Lunatic asylums Bombay report 1891-1903 - 1891-1903
Year: 1891
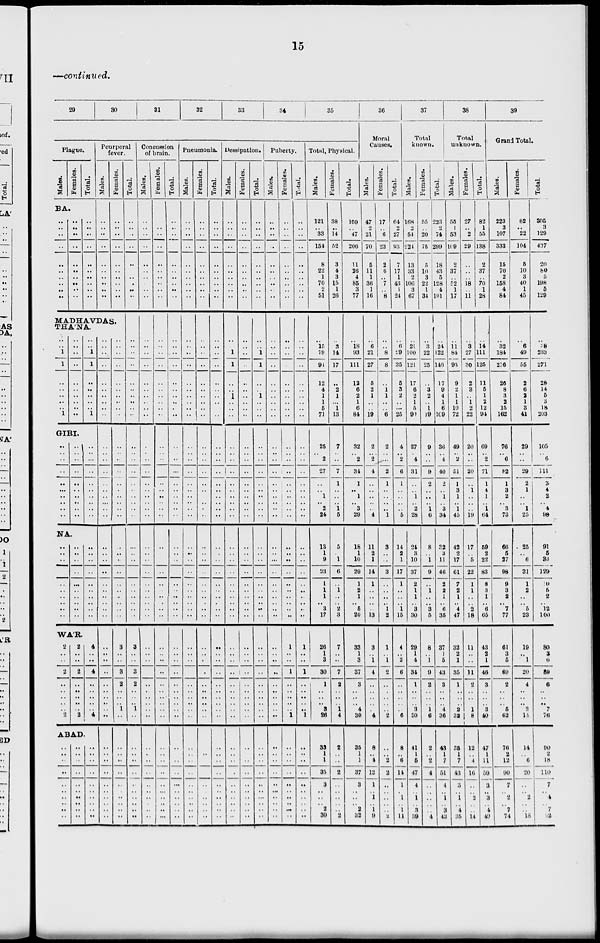
15 —continued.
29
30
31
32
33
34
35
Plague.
Males.
Females.
Total.
BA.
..
..
..
..
..
..
..
..
.. ..
..
..
..
..
..
..
..
..
..
..
..
..
..
..
..
..
..
..
..
..
Peurperal
fever.
Males.
..
..
..
..
..
..
..
..
..
..
Females.
..
..
..
..
..
..
..
..
..
..
MADHAVDAS.
THA'NA.
..
1
1
..
..
.. ..
..
1
..
..
..
..
..
..
..
..
..
..
1
1
..
..
..
..
..
1
GIRI.
..
..
..
..
..
..
..
..
..
..
..
..
..
..
..
..
..
..
..
..
..
..
..
..
..
..
..
..
..
..
NA.
..
..
..
..
..
..
..
..
..
..
..
..
..
..
..
..
..
..
..
..
..
..
..
..
..
..
..
..
..
..
WAR.
2
..
..
2
..
..
..
..
.. 2
2
..
..
2
..
..
..
..
..
2
4
..
..
4
..
..
..
..
..
4
ABAD.
..
..
..
..
..
..
..
..
..
..
..
..
..
..
..
..
..
..
..
..
..
..
..
..
..
..
..
..
..
..
..
..
..
..
..
..
..
..
..
..
..
..
..
..
..
..
..
..
..
..
..
..
..
..
..
..
..
..
..
..
..
..
..
..
..
..
..
..
..
..
..
..
..
..
..
..
..
..
..
..
..
..
..
..
..
..
..
..
..
..
..
..
..
..
..
..
..
..
..
..
..
..
..
..
..
..
..
..
3
..
..
3
2
..
..
..
1
..
..
..
..
..
..
..
..
..
..
..
Total.
..
..
..
..
..
..
.. ..
..
..
..
..
..
..
..
..
..
..
..
..
..
..
..
..
..
..
..
..
..
..
..
..
..
..
..
..
..
..
..
3
..
..
3
2
..
..
..
1
..
..
..
..
..
..
..
..
..
..
..
Concussion
of brain.
Males.
..
..
..
..
..
..
..
..
..
..
..
..
..
..
..
..
..
..
..
..
..
..
..
..
..
..
..
..
..
..
..
..
..
..
..
..
..
..
..
..
..
..
..
..
..
..
..
..
..
..
..
..
..
..
..
..
..
..
..
Females.
..
..
..
..
..
..
..
..
..
..
..
..
..
..
..
..
..
..
..
..
..
..
..
..
..
..
..
..
..
..
..
..
..
..
..
..
..
..
..
..
..
..
..
..
..
..
..
..
..
..
..
..
..
..
..
..
..
..
..
Total.
..
..
..
..
..
..
..
..
..
..
..
..
..
..
..
..
..
..
..
..
..
..
..
..
..
..
..
..
..
..
..
..
..
..
..
..
..
..
..
..
..
..
..
..
..
..
..
..
..
..
..
..
..
..
..
..
..
..
..
Pneumonia.
Males.
..
..
..
..
..
..
..
..
..
..
..
..
..
..
..
..
..
..
..
..
..
..
..
..
..
..
..
..
..
..
..
..
..
..
..
..
..
..
..
..
..
..
..
..
..
..
..
..
..
..
..
..
..
..
..
..
..
..
..
Females.
..
..
..
..
..
..
..
..
..
..
..
..
..
..
..
..
..
..
..
..
..
..
..
..
..
..
..
..
..
..
..
..
..
..
..
..
..
..
..
..
..
..
..
..
..
..
..
..
..
..
..
..
..
..
..
..
..
..
..
Total.
..
..
..
..
..
..
..
..
..
..
..
..
..
..
..
..
..
..
..
..
..
..
..
..
..
..
..
..
..
..
..
..
..
..
..
..
..
..
..
..
..
..
..
..
..
..
..
..
..
..
..
..
..
..
..
..
..
..
..
Dessipation.
Males.
..
..
..
..
..
..
..
..
..
..
..
1
1
..
..
1
..
..
..
..
..
..
..
..
..
..
..
..
..
..
..
..
..
..
..
..
..
..
..
..
..
..
..
..
..
..
..
..
..
..
..
..
..
..
..
..
..
..
..
Females.
..
..
..
..
..
..
..
..
..
..
..
..
..
..
..
..
..
..
..
..
..
..
..
..
..
..
..
..
..
..
..
..
..
..
..
..
..
..
..
..
..
..
..
..
..
..
..
..
..
..
..
..
..
..
..
..
..
..
..
Total.
..
..
..
..
..
..
..
..
..
..
..
1
1
..
..
1
..
..
..
..
..
..
..
..
..
..
..
..
..
..
..
..
..
..
..
..
..
..
..
..
..
..
..
..
..
..
..
..
..
..
..
..
..
..
..
..
..
..
..
Puberty.
Males.
..
..
..
..
..
..
..
..
..
..
..
..
..
..
..
..
..
..
..
..
..
..
..
..
..
..
..
..
..
..
..
..
..
..
..
..
..
..
..
..
..
..
..
..
..
..
..
..
..
..
..
..
..
..
..
..
..
..
..
Females.
..
..
..
..
..
..
..
..
..
..
..
..
..
..
..
..
..
..
..
..
..
..
..
..
..
..
..
..
..
..
..
..
..
..
..
..
..
..
..
1
..
..
1
..
..
..
..
.. 1
..
..
..
..
..
..
..
..
..
..
Total.
..
..
..
..
..
..
..
..
..
..
..
..
..
..
..
..
..
..
..
..
..
..
..
..
..
..
..
..
..
..
..
..
..
..
..
..
..
..
..
1
..
..
1
..
..
..
..
.. 1
..
..
..
..
..
..
..
..
..
..
Total, Physical.
Males.
121
..
33
151
8
22
1
70
2
51
15
79
94
12
4
1
1
5
71
25
.. 2
27
..
..
1
.. 2
24
13
1
9
23
1
1
1
.. 3
17
Females.
Total.
38
..
14
52
3
4
3
15
1
26
3
14
17
..
2
1
..
1
13
7
.. ..
7
1
..
..
.. 1
5
5
..
1
6
..
1
..
.. 2
3
26
1
3
30
1
..
..
..
3
26
33
1
1
35
3
..
..
..
2
30
7
..
..
7
2
..
..
..
1
4
2
..
..
2
..
..
..
..
.. 2
159
..
47
206
11
26
4
85
3
77
18
93
111
12
6
2
1
6
84
32
.. 2
34
1
..
1
.. 3
29
18
1
10
29
1
2
1
.. 5
20
36
Moral
Causes.
Males.
47
2
21
70
5
11
1
36
1
16
6
21
27
5
2
1
..
..
19
2
..
2
4
..
..
..
..
..
4
11
2
1
14
1
..
..
..
.. 13
33
1
3
37
3
..
..
..
4
30
35
1
1
37
3
..
..
..
2
32
3
.. 1
4
..
..
..
..
.. 4
8
..
4
12
1
..
1
..
1
9
Females.
17
..
6
23
2
6
..
7
.. 8
..
8
8
..
1
1
..
..
6
2
..
..
2
1
..
..
..
..
1
3
..
..
3
..
..
..
.. 1
2
1
.. 1
2
..
..
..
..
.. 2
..
..
2
2
..
..
..
..
..
2
Total.
64
2
27
93
7
17
1
43
1
24
6
29
35
5
3
2
..
...
25
4
.. 2
6
1
..
..
..
..
5
14
2
1
17
1
..
..
.. 1
15
4
.. 2
6
..
..
..
..
.. 6
8
..
6
14
1
.. 1
..
1
11
37
Total
known.
Males.
168
2
51
224
13
33
2
106
3
67
21
100
121
17
6
2
1
5
90
27
.. 4
31
..
..
1
.. 2
28
24
3
10
37
2
1
1
.. 3
30
29
1
4
34
1
..
..
..
3
30
41
1
5
47
4
.. 1
..
3
39
Females.
55
..
20
75
5
10
3
22
1
34
Total.
223
2
74
299
18
43
5
128
4
101
3
22
25
..
3
2
..
1
19
9
..
..
9
2
..
..
.. 1
6
8
..
1
9
..
1
..
.. 3
5
8
.. 1
9
2
..
..
..
1
6
2
..
2
4
..
..
..
..
..
4
24
122
146
17
9
4
1
6
109
36
.. 4
40
2
..
1
.. 3
34
32
3
11
46
2
2
1
.. 6
35
37
1
5
43
3
..
..
..
4
36
43
1
7
51
4
.. 1
..
3
43
38
Total
unknown.
Males.
55
1
53
109
2
37
.. 52
1
17
11
84
95
9
2
1
1
10
72
49
.. 2
51
1
3
1
.. 1
45
42
2
17
61
7
2
1
.. 4
47
32
2
1
35
1
..
..
..
2
32
35
1
7
43
3
.. 1
..
4
35
Females.
27
..
2
29
..
..
.. 18
.. 11
3
27
30
2
3
.. 1
2
22
20
.. ..
20
..
1
..
..
..
19
17
..
5
22
1
1
..
.. 2
18
11
..
..
11
2
..
..
..
1
8
12
..
4
16
..
.. 2
..
..
14
Total
82
1
55
138
2
37
.. 70
1
28
14
111
125
11
5
1
2
12
94
69
.. 2
71
1
4
1
.. 1
64
59
2
22
83
8
3
1
.. 6
65
43
2
1
46
3
..
..
..
3
40
47
1
11
59
3
.. 3
..
4
49
39
Grand Total.
Males.
223
3
107
333
15
70
2
158
4
84
32
184
216
26
8
3
2
15
162
76
.. 6
82
1
3
2
.. 3
73
66
5
27
98
9
3
2
.. 7
77
61
3
5
69
2
..
.. ..
5
62
Females.
82
..
22
104
5
10
3
40
1
45
6
49
55
2
6
2
1
3
41
29
..
..
29
2
1
..
.. 1
25
25
..
6
31
1
2
..
.. 5
23
19
.. 1
20
4
..
.. ..
3
14
Total.
305
3
129
437
20
80
5
198
5
129
38
233
271
28
14
5
3
18
203
105
.. 6
111
3
4
2
.. 4
98
91
5
33
129
10
5
2
.. 12
100
80
3
6
89
6
..
.. ..
7
76
76
2
12
90
7
.. 2
..
7
74
14
..
6
20
..
.. 2
..
.. 18
90
2
18
110
7
.. 4
..
7
92